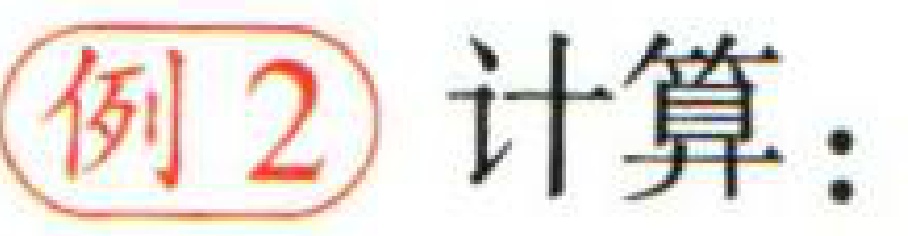
例 2 计算：